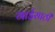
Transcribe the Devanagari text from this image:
गाईसाठी